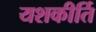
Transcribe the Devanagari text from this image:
यशकीर्ति